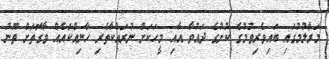
މަރާލުމުގައި ބައިވެރިވުމުގެ ކުށުގެ ދައުވާ އާއި މީހަކަށް ނުރައްކާތެރި ހާނިއްކައެއް ވާގޮތަށް ތޫނު